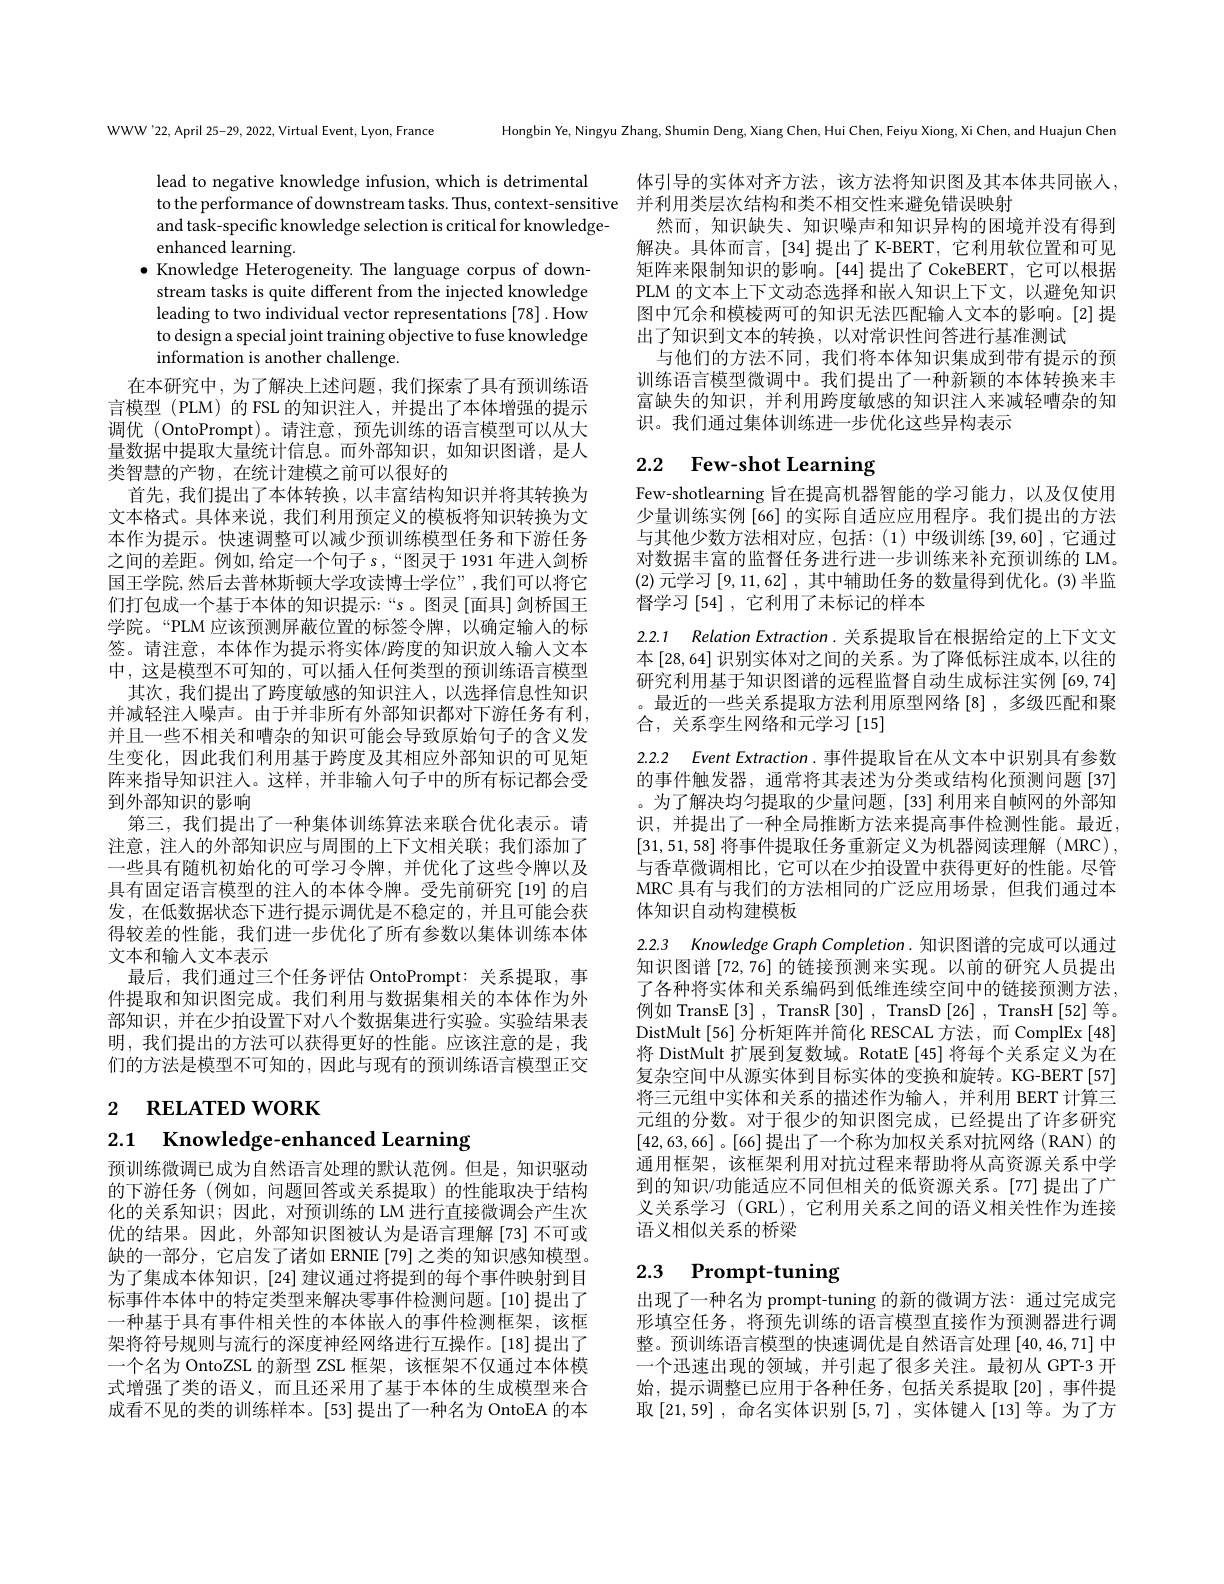
WWW'22, April 25-29, 2022, Virtual Event, Lyon, France

Hongbin Ye, Ningyu Zhang, Shumin Deng, Xiang Chen, Hui Chen, Feiyu Xiong, Xi Chen, and Huajun Chen

lead to negative knowledge infusion, which is detrimental
to the performance of downstream tasks. Thus, context-sensitive 并利用类层次结构和类不相交性来避免错误映射
and task-specific knowledge selection is critical for knowledge-
enhanced learning.
$\bullet$ Knowledge Heterogeneity. The language corpus of down-
stream tasks is quite different from the injected knowledge leading to two individual vector representations [78] .How to design a special joint training objective to fuse knowledge information is another challenge.
在本研究中，为了解决上述问题，我们探索了具有预训练语

体引导的实体对齐方法，该方法将知识图及其本体共同嵌人，
然而，知识缺失、知识噪声和知识异构的困境并没有得到解决。具体而言，[34]提出了K-BERT,它利用软位置和可见矩阵来限制知识的影响。[44]提出了CokeBERT，它可以根据PLM 的文本上下文动态选择和嵌入知识上下文，以避免知识图中冗余和模棱两可的知识无法匹配输入文本的影响。[2]提出了知识到文本的转换，以对常识性问答进行基准测试
与他们的方法不同，我们将本体知识集成到带有提示的预训练语言模型微调中。我们提出了一种新颖的本体转换来丰富缺失的知识，并利用跨度敏感的知识注人来减轻嘈杂的知识。我们通过集体训练进一步优化这些异构表示

# 2.2 Few-shot Learning

Few-shotlearning 旨在提高机器智能的学习能力，以及仅使用少量训练实例[66] 的实际自适应应用程序。我们提出的方法与其他少数方法相对应，包括：(1)中级训练[39,60] ,它通过对数据丰富的监督任务进行进一步训练来补充预训练的 LM。(2)元学习[9,11,62],其中辅助任务的数量得到优化。(3)半监督学习$\left[54\right]$,它利用了未标记的样本

2.2.1 Relation Extraction. 关系提取旨在根据给定的上下文文本[28,64]识别实体对之间的关系。为了降低标注成本，以往的研究利用基于知识图谱的远程监督自动生成标注实例 [69,74] 。最近的一些关系提取方法利用原型网络[8],多级匹配和聚合，关系孪生网络和元学习[15]

言模型 (PLM) 的 FSL 的知识注人，并提出了本体增强的提示调优 (OntoPrompt)。请注意，预先训练的语言模型可以从大量数据中提取大量统计信息。而外部知识，如知识图谱，是人类智慧的产物，在统计建模之前可以很好的
首先，我们提出了本体转换，以丰富结构知识并将其转换为文本格式。具体来说，我们利用预定义的模板将知识转换为文本作为提示。快速调整可以减少预训练模型任务和下游任务之间的差距。例如，给定一个句子 s,“图灵于 1931 年进入剑桥国王学院，然后去普林斯顿大学攻读博士学位”,我们可以将它们打包成一个基于本体的知识提示：“s。图灵[面具]剑桥国王学院。“PLM 应该预测屏蔽位置的标签令牌，以确定输人的标签。请注意，本体作为提示将实体/跨度的知识放人输入文本中，这是模型不可知的，可以插人任何类型的预训练语言模型
其次，我们提出了跨度敏感的知识注人，以选择信息性知识并减轻注人噪声。由于并非所有外部知识都对下游任务有利， 并且一些不相关和嘈杂的知识可能会导致原始句子的含义发生变化，因此我们利用基于跨度及其相应外部知识的可见矩阵来指导知识注人。这样，并非输入句子中的所有标记都会受到外部知识的影响
第三，我们提出了一种集体训练算法来联合优化表示。请注意，注人的外部知识应与周围的上下文相关联；我们添加了一些具有随机初始化的可学习令牌，并优化了这些令牌以及具有固定语言模型的注人的本体令牌。受先前研究[19]的启发，在低数据状态下进行提示调优是不稳定的，并且可能会获得较差的性能，我们进一步优化了所有参数以集体训练本体文本和输入文本表示
最后，我们通过三个任务评估 OntoPrompt: 关系提取，事件提取和知识图完成。我们利用与数据集相关的本体作为外部知识，并在少拍设置下对八个数据集进行实验。实验结果表明，我们提出的方法可以获得更好的性能。应该注意的是，我们的方法是模型不可知的，因此与现有的预训练语言模型正交

2.2.2 Event Extraction. 事件提取旨在从文本中识别具有参数的事件触发器，通常将其表述为分类或结构化预测问题 [37] 。为了解决均匀提取的少量问题，[33] 利用来自帧网的外部知识，并提出了一种全局推断方法来提高事件检测性能。最近， $\left[31,51,58\right]$将事件提取任务重新定义为机器阅读理解(MRC), 与香草微调相比，它可以在少拍设置中获得更好的性能。尽管MRC 具有与我们的方法相同的广泛应用场景，但我们通过本体知识自动构建模板

2.2.3 Knowledge Graph Completion. 知识图谱的完成可以通过知识图谱[72,76]的链接预测来实现。以前的研究人员提出了各种将实体和关系编码到低维连续空间中的链接预测方法， 例如 TransE [3], TransR [30], TransD [26], TransH [52]等。DistMult[56]分析矩阵并简化 RESCAL 方法，而 ComplEx[48] 将 DistMult 扩展到复数域。RotatE [45] 将每个关系定义为在复杂空间中从源实体到目标实体的变换和旋转。KG-BERT[57] 将三元组中实体和关系的描述作为输人，并利用 BERT 计算三元组的分数。对于很少的知识图完成，已经提出了许多研究[42,63,66] 。[66] 提出了一个称为加权关系对抗网络(RAN) 的通用框架，该框架利用对抗过程来帮助将从高资源关系中学到的知识/功能适应不同但相关的低资源关系。[77]提出了广义关系学习 (GRL), 它利用关系之间的语义相关性作为连接语义相似关系的桥梁

2 RELATED WORK

2.1 Knowledge-enhanced Learning

# 2.3 Prompt-tuning

预训练微调已成为自然语言处理的默认范例。但是，知识驱动的下游任务(例如，问题回答或关系提取)的性能取决于结构化的关系知识；因此，对预训练的 LM 进行直接微调会产生次优的结果。因此，外部知识图被认为是语言理解 [73] 不可或缺的一部分，它启发了诸如 ERNIE [79] 之类的知识感知模型。为了集成本体知识，[24] 建议通过将提到的每个事件映射到目标事件本体中的特定类型来解决零事件检测问题。[10]提出了一种基于具有事件相关性的本体嵌入的事件检测框架，该框架将符号规则与流行的深度神经网络进行互操作。[18]提出了一个名为 OntoZSL 的新型 ZSL 框架，该框架不仅通过本体模式增强了类的语义，而且还采用了基于本体的生成模型来合成看不见的类的训练样本。[53] 提出了一种名为 OntoEA 的本

出现了一种名为 prompt-tuning 的新的微调方法：通过完成完形填空任务，将预先训练的语言模型直接作为预测器进行调整。预训练语言模型的快速调优是自然语言处理$\left[40,46,71\right]$中一个迅速出现的领域，并引起了很多关注。最初从 GPT-3 开始，提示调整已应用于各种任务，包括关系提取[20],事件提取[21,59], 命名实体识别[5,7], 实体键人[13] 等。为了方